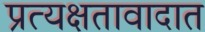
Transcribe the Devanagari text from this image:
प्रत्यक्षतावादात